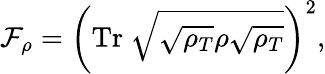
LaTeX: \mathcal{F}_{\rho}=\left(\mathrm{Tr}~\sqrt{\sqrt{\rho_{T}}\rho\sqrt{\rho_{T}}}\right)^{2},